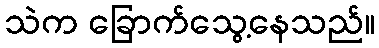
သဲက ခြောက်သွေ့နေသည်။